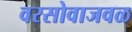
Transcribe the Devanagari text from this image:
वरसोवाजवळ